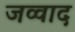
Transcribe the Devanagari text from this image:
जव्वाद